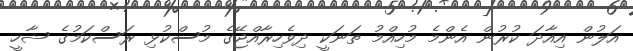
އަލުން އިއާދަ ކުރުން އެންމެ މުހިއްމު ތަނަކީ ދިވެހިރާއްޖޭގެ މުސްކުޅި ރަސްކަމުގެ ޝާހީ